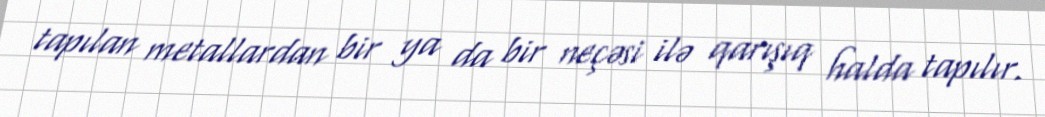
tapılan metallardan bir ya da bir neçəsi ilə qarışıq halda tapılır.